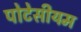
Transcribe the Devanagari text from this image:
पोटेसीयम